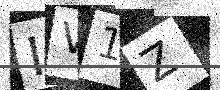
Text: IV1Z